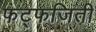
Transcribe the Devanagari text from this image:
फट्फजिती